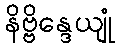
နိဗ္ဗိန္ဒေယျုံ